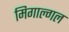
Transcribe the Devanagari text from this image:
मिगाल्गल